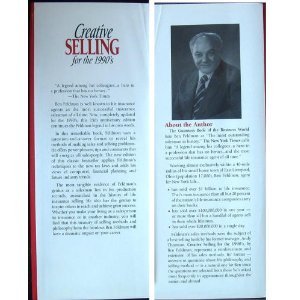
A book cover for Creative Selling for the 1990's; Ben Feldman; Business & Money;